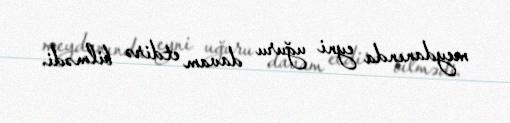
meydanında eyni uğuru davam etdirə bilmədi.